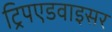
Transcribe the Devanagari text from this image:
ट्रिपएडवाइसर